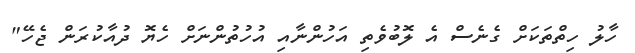
ހާލު ހިތްތަކަށް ގެނެސް އެ ލޮބުވެތި އަހުންނާއި އުހުތުންނަށް ހެޔޮ ދުއާކުރަން ޖެހޭ"